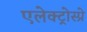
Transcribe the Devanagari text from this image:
एलेक्ट्रोस्प्रे